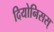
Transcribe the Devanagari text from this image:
दियोनिसस्